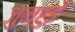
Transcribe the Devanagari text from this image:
जुन्हुई